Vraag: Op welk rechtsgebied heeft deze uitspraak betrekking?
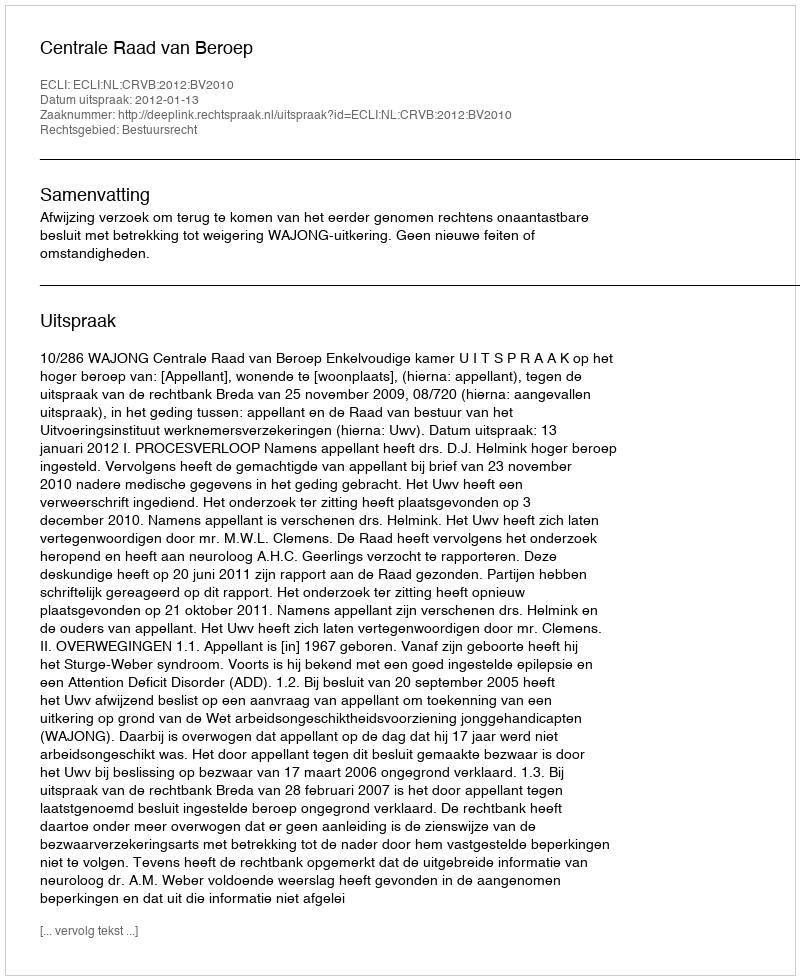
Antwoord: Bestuursrecht